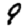
Digit: 9